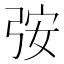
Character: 𮱷